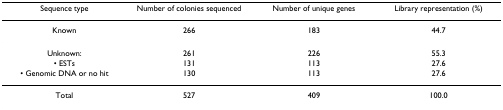
| Sequence type | Number of colonies sequenced | Number of unique genes | Library representation (%) |
 | --- | --- | --- | --- |
 | Known | 266 | 183 | 44.7 |
 | Unknown: | 261 | 226 | 55.3 |
 | • ESTs | 131 | 113 | 27.6 |
 | • Genomic DNA or no hit | 130 | 113 | 27.6 |
 | Total | 527 | 409 | 100.0 |